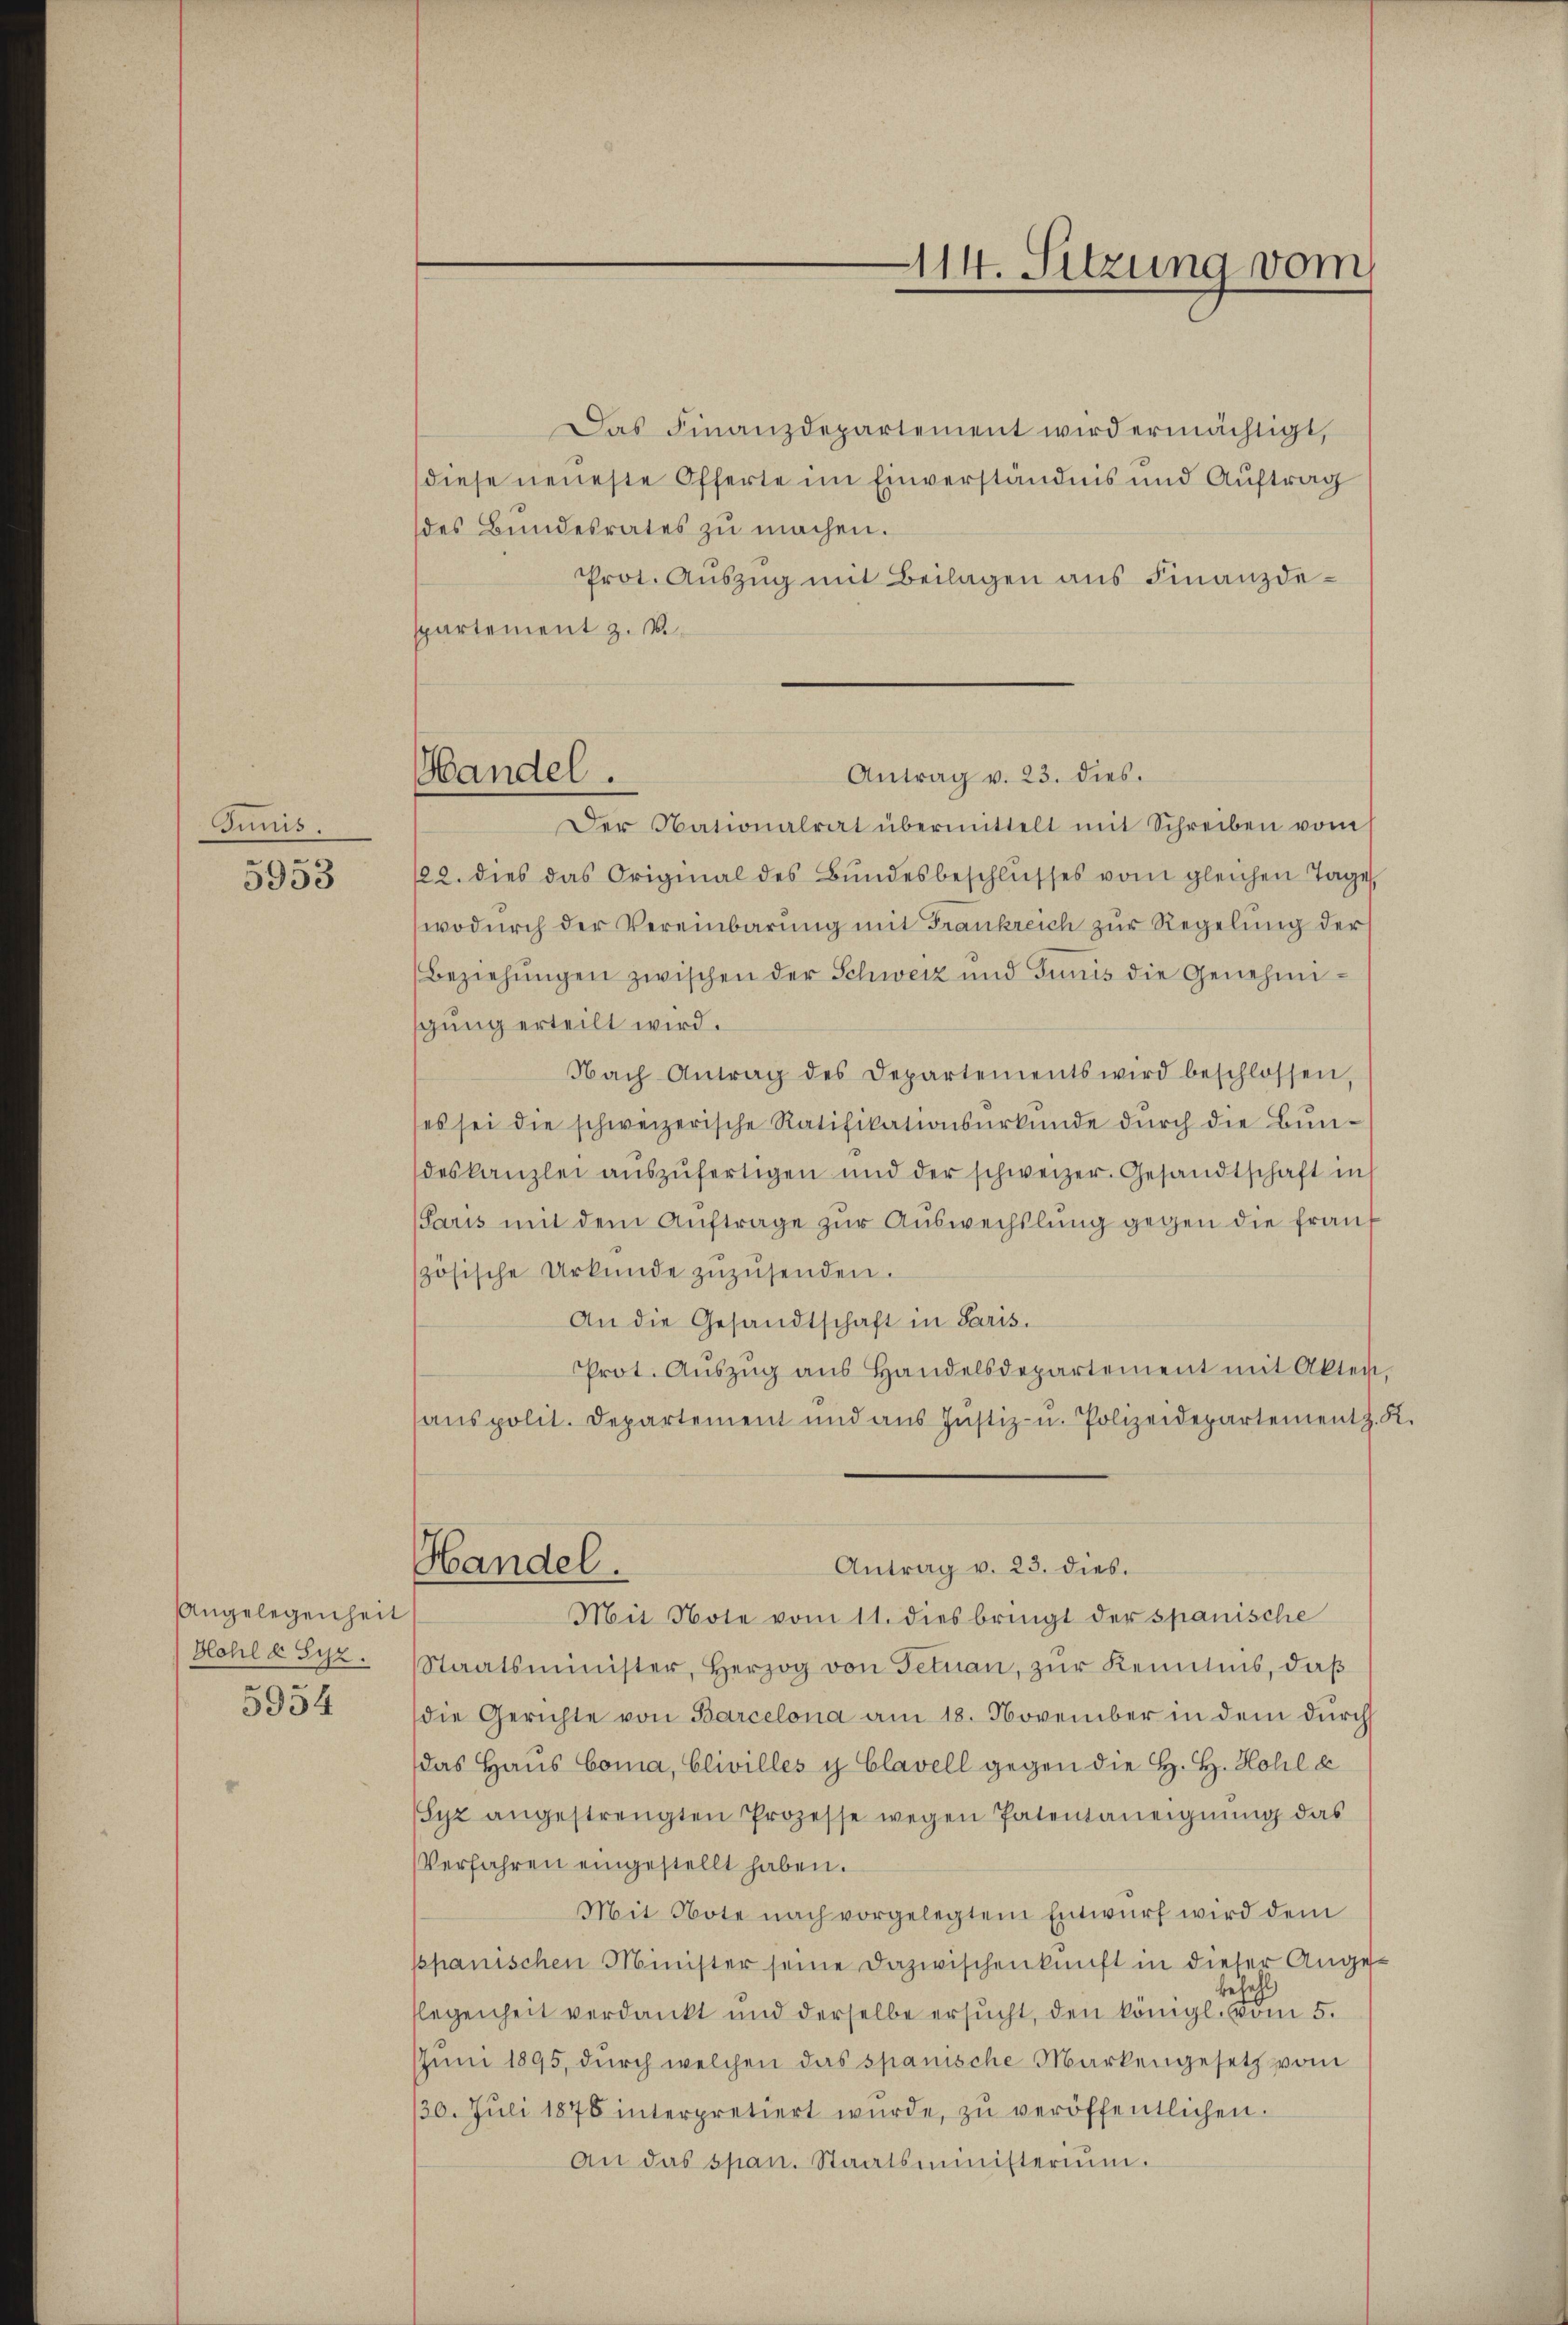
Junis.

5953

Angelegenheit
Hlohl § 512.

5954

Das Finanzdepartement wird ermächtigt,
diese neueste Offerte im Einverständnis und Auftrag
des Bundesrates zu machen.
Prot. Auszug mit Beilagen aus Finanzdespartement z. B.

Antrag v. 23. dies.
Handel.

114. Sitzung vom

Der Nationalrat übermittelt mit Schreiben vom
122. dies das Original des Bŭndesbeschlŭsses vom gleichen Tage,
wodŭrch der Vereinbarŭng mit Frankreich zŭr Regelung der
Beziehŭngen zwischen der Schweiz und Junis die Genehmigung erteilt wird.
Nach Antrag des Departements wird beschlossen
(es sei die schweizerische Ratifikationsurkunde dŭrch die Bundeskanzlei aŭszŭfertigen und der schweizer. Gesandtschaft in
Paris mit dem Auftrage zur Auswechslung gegen die Frau
zösische Urkunde zŭzŭsenden.
An die Gesandtschaft in Paris.
Prot. Aŭszŭg aŭs Handelsdepartement mit Akten-
anspolit. Departement und ans Justiz- u. Polizeidepartement z. K.
Handel.
Antrag v. 23. dies.
Mit Note vom 11. dies bringt der spanische
Staatsminister, Herzog von Fetuan, zŭr Kenntnis, daß
die Gerichte von Barcelona am 18. November in dem durch
das Haus Coma, Clivilles y Clavell gegen die H. H. Hohl a
(Syz angestrengten Prozesse wegen Patentaneignung das
Verfahren eingestellt haben.
Mit Note nach vorgelegtem Entwŭrf wird dem
ppanischen Minister seine Dazwischenkunft in dieser Angesehr
legenheit verdankt und derselbe ersŭcht, den königl. vom 5.
Jŭni 1895, dŭrch welchen das spanische Markengesetz vom
/30. Jŭli 1875 interpretiert wŭrde, zŭ veröffentlichen.
An das span. Staatsministerium.